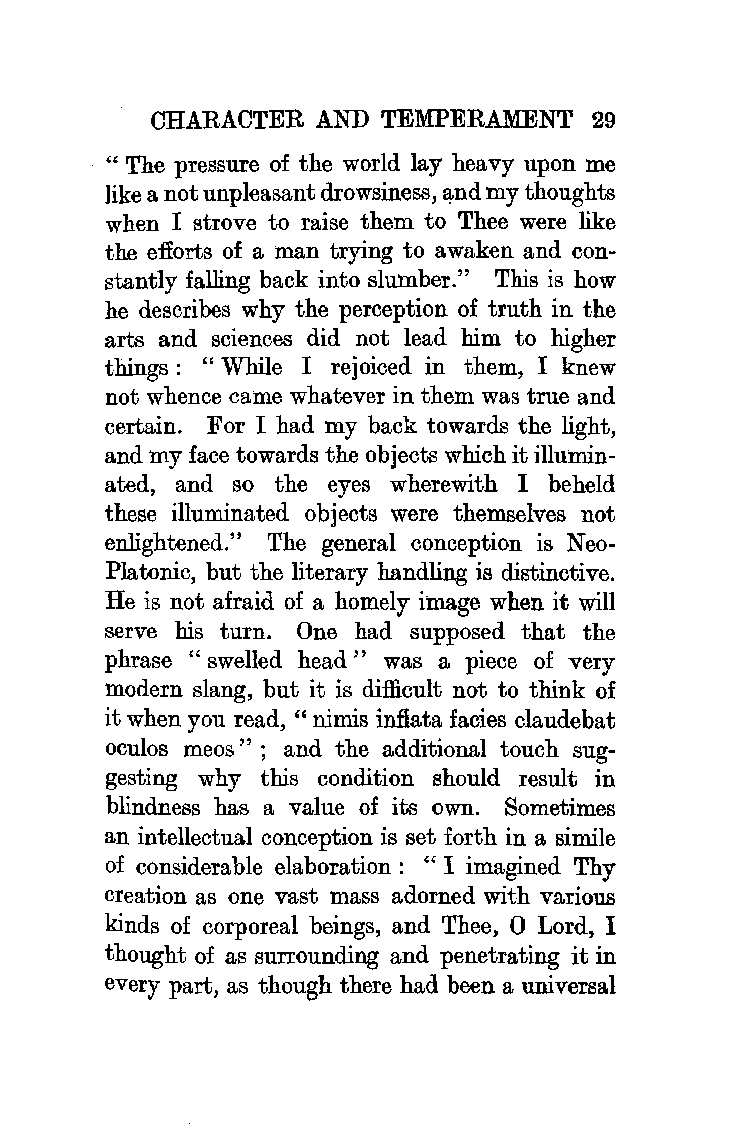
CHARACTER  AND TEMPERAMENT   29
 "The pressure of the world lay heavy upon me
 ]ike a not unpleasant drowsiness, and my thoughts
 when I strove to raise them to Thee were like
 the efforts of a man trying to awaken and con
 stantly falling back into slumber." This is how
 he describes why the perception of truth in the
 arts and sciences did not lead him to higher
 things: "While I rejoiced in them, I knew
 not whence came whatever in them was true and
 certain. For I had my back towards the light,
 and my face towards the objects which it illumin
 ated, and so the eyes wherewith I beheld
 these illuminated objects were themselves not
 enlightened." The general conception is Neo
 Platonic, but the literary handling is distinctive.
 He is not afraid of a homely image when it will
 serve his turn. One had supposed that the
 phrase " swelled head " was a piece of very
 modern slang, but it is difficult not to think of
 it when you read, " nimis inflata facies claudebat
 oculos meos " ; and the additional touch sug
 gesting why this condition should result in
 blindness has a value of its own. Sometimes
 an intellectual conception is set forth in a simile
 of considerable elaboration: "I imagined Thy
 creation as one vast mass adorned with various
 kinds of corporeal beings, and Thee, 0 Lord, I
 thought of as surrounding and penetrating it in
 every part, as though there had been a universal